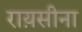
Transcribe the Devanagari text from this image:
राय़सीना